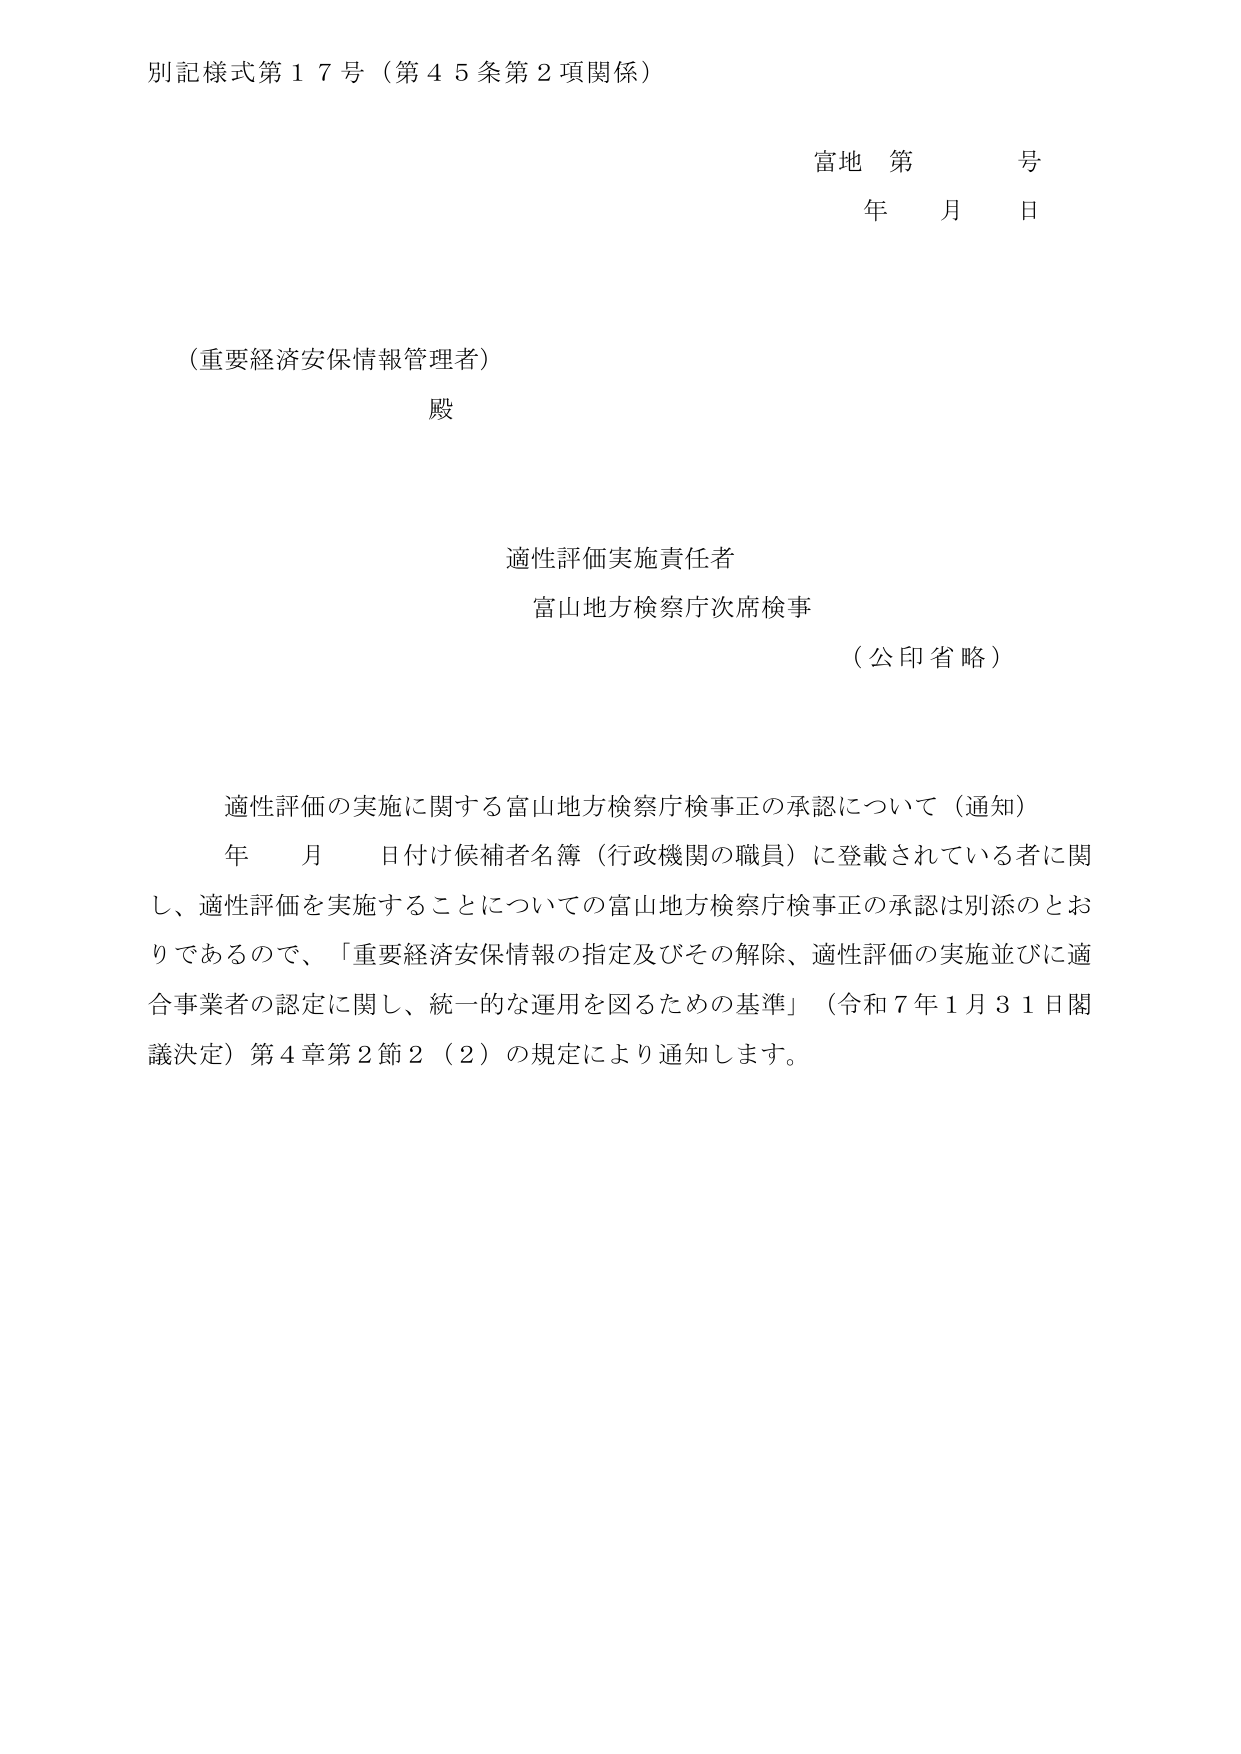
別記様式第１７号（第４５条第２項関係）

富地 第 号
年 月 日

（重要経済安保情報管理者）
殿

適性評価実施責任者
富山地方検察庁次席検事
（公印省略）

適性評価の実施に関する富山地方検察庁検事正の承認について（通知）
年 月 日付け候補者名簿（行政機関の職員）に登載されている者に関し、適性評価を実施することについての富山地方検察庁検事正の承認は別添のとおりであるので、「重要経済安保情報の指定及びその解除、適性評価の実施並びに適合事業者の認定に関し、統一的な運用を図るための基準」（令和７年１月３１日閣議決定）第４章第２節２（２）の規定により通知します。